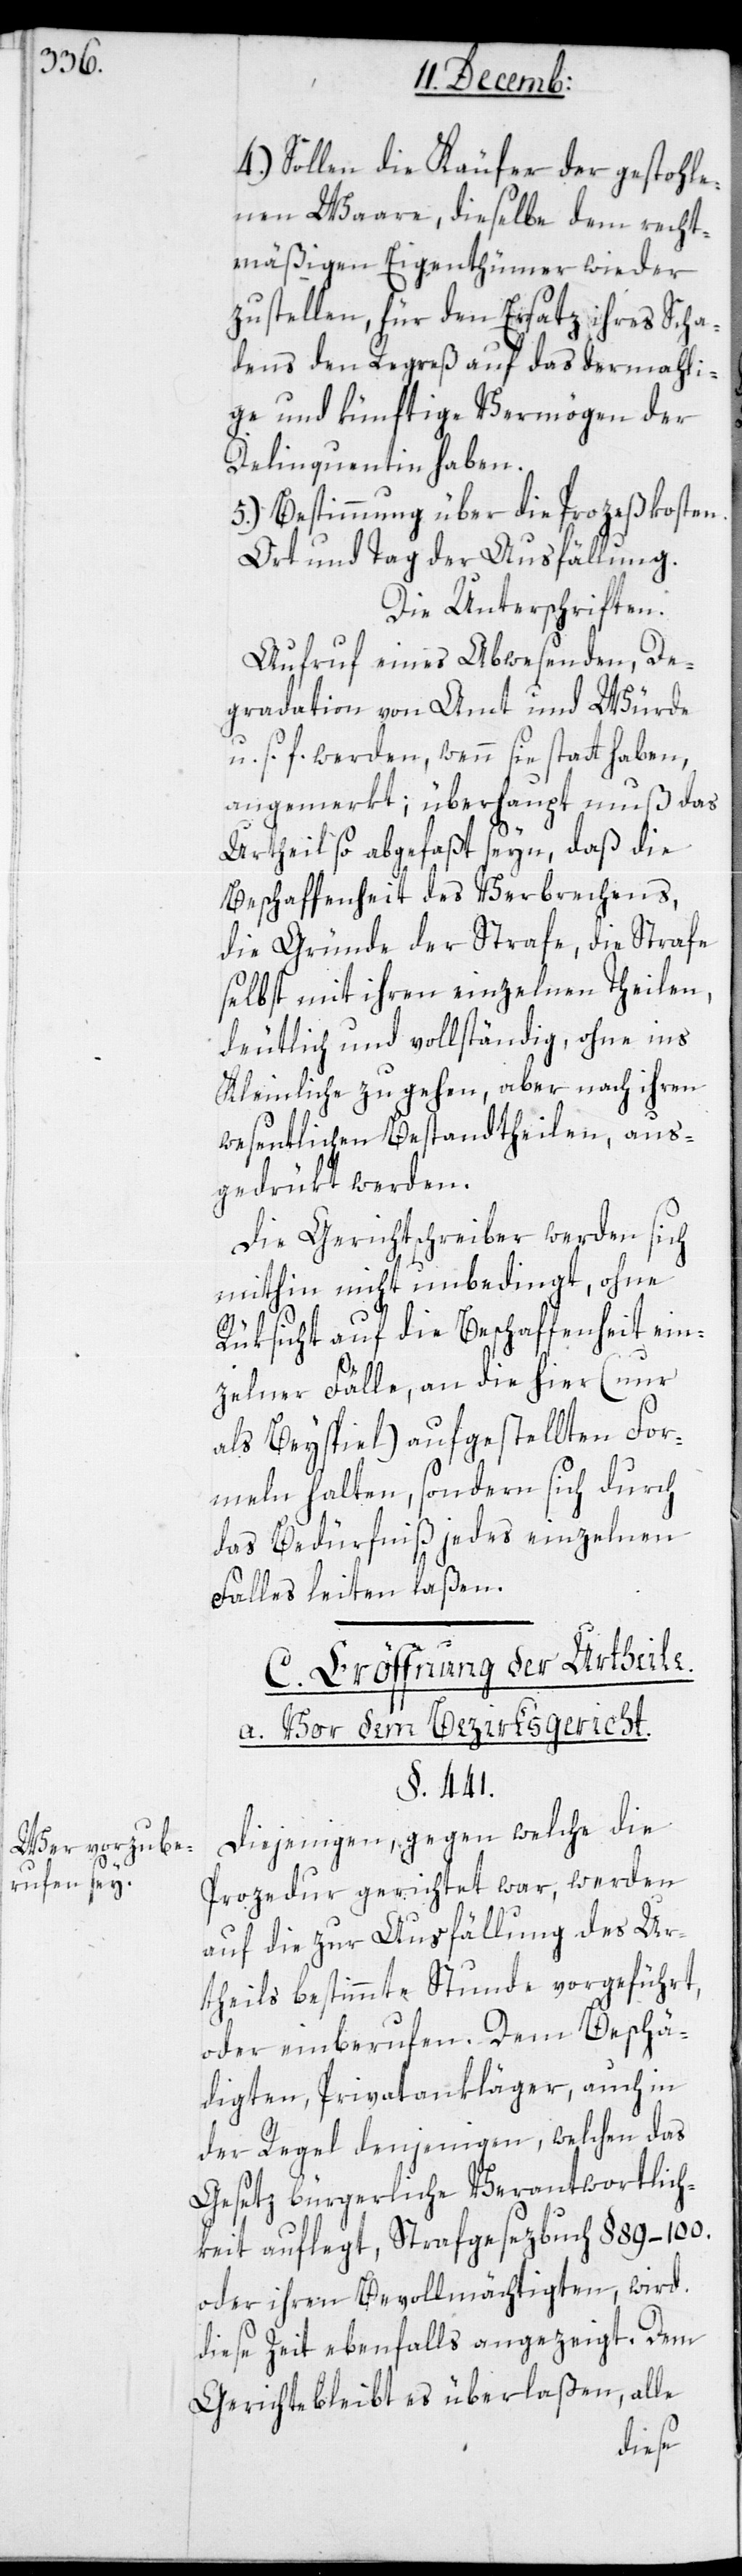
Wer vorzube¬
rufen sey.

4.) Sollen die Käufer der gestohle¬
nen Waare, dieselbe dem recht¬
mäßigen Eigentümer wieder
zustellen, für den Ersatz ihres Scha¬
dens den Regreß auf das dermahli¬
ge und künftige Vermögen der
Delinquentin haben.
5.) Bestimmung über die Prozeßkosten.
Ort und Tag der Ausfällung.
Die Unterschriften.
Aufruf eines Abwesenden, De¬
gradation von Amt und Würde
u. s. f. werden, wenn sie statthaben,
angemerkt; überhaupt muß das
Urtheil so abgefaßt seyn, daß die
Beschaffenheit des Verbrechens,
die Gründe der Strafe, die Strafe
selbst, mit ihren einzelnen Theilen,
deutlich und vollständig, ohne ins
Kleinliche zu gehen, aber nach ihren
wesentlichen Bestandtheilen, aus¬
gedrükt werden.
Die Gerichtschreiber werden sich
mithin nicht unbedingt, ohne
Rüksicht auf die Beschaffenheit ein¬
zelner Fälle, an die hier (nur
als Beyspiel) aufgestellten For¬
meln halten, sondern sich durch
das Bedürfniß jedes einzelnen
Falles leiten laßen.
C. Eröffnung der Urtheile.
a. Vor dem Bezirksgericht.
§. 441.
Diejenigen, gegen welche die
Prozedur gerichtet war, werden
auf die zur Ausfällung des Ur¬
theils bestimmte Stunde vorgeführt
oder einberufen. Dem Beschä¬
digten, Privatankläger, auch in
der Regel denjenigen, welchen das
Gesetz bürgerliche Verantwortlich¬
keit auflegt, Strafgesetzbuch §. 89–100,
oder ihren Bevollmächtigten, wird
diese Zeit ebenfalls angezeigt. Dem
Gerichte bleibt es überlaßen, alle